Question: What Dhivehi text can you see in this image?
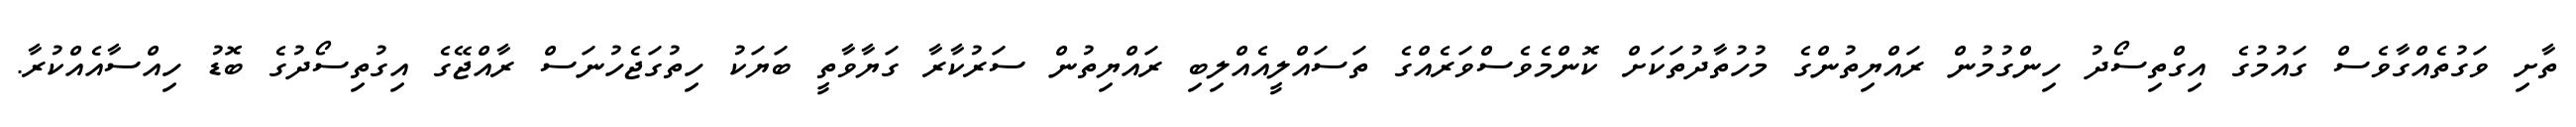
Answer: ތާށި ވަގުތެއްގާވެސް ގައުމުގެ އިގްތިސޯދު ހިންގުމުން ރައްޔިތުންގެ މުހުތާދުތަކަށް ކޮންމެވެސްވަރެއްގެ ތަސައްލީއެއްލިބި ރައްޔިތުން ސަރުކާރާ ގަޔާވާތީ ބަޔަކު ހިތުގަޖެހުނަސް ރާއްޖޭގެ އިގުތިސޯދުގެ ބޮޑު ހިއްސާއެއްކުރާ.